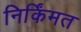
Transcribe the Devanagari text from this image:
निर्किंमत